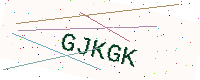
Text: GJKGK